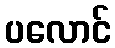
ပလောင်